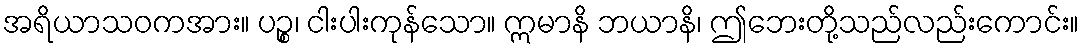
အရိယာသဝကအား။ ပဉ္စ၊ ငါးပါးကုန်သော။ ဣမာနိ ဘယာနိ၊ ဤဘေးတို့သည်လည်းကောင်း။